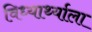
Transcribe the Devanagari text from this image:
विध्यार्थ्याला